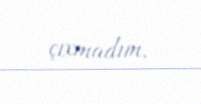
çıxmadım.